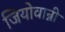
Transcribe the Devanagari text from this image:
जियोवान्नी